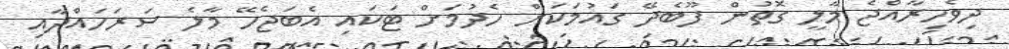
ދިވެހިރާއްޖެ މާލީ ގޮތުން ފޫބެދޭ ގައުމަކަށް ހެދުމަށް ޓަކައި އެބަޖެހޭ މާލެ ސަރަހައްދާއި